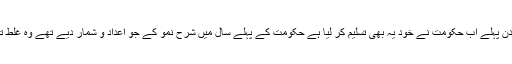
چند دن پہلے اب حکومت نے خود یہ بھی تسلیم کر لیا ہے حکومت کے پہلے سال میں شرح نمو کے جو اعداد و شمار دیے تھے وہ غلط تھے۔